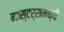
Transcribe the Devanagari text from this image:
मास्टर्समध्ये